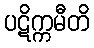
ပဋိက္ကမီတိ